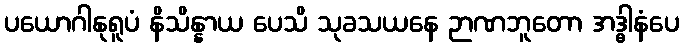
ပယောဂါနုရူပံ နိသိန္နာယ ပေသိ သုခသယနေ ဉာဏဘူတော အဒ္ဓါနံပေ